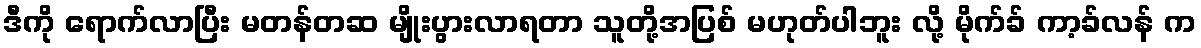
ဒီကို ရောက်လာပြီး မတန်တဆ မျိုးပွားလာရတာ သူတို့အပြစ် မဟုတ်ပါဘူး လို့ မိုက်ခ် ကာ့ခ်လန် က